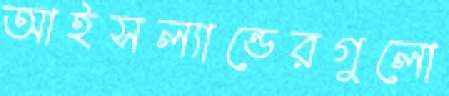
আইসল্যান্ডেরগুলো